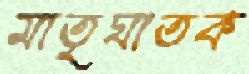
মাতৃঘাতক